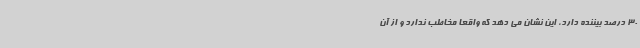
30 درصد بیننده دارد، این نشان می دهد که واقعا مخاطب ندارد و از آن